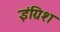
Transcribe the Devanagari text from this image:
इंग्रिश